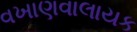
વખાણવાલાયક